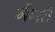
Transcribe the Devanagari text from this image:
मैंगते